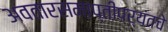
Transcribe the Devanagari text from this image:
अवतारसमाप्तीपर्यंतचे